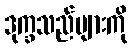
ဒုက္ခသည်များကို